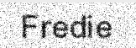
Fredie